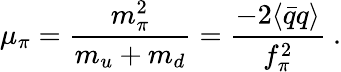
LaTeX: \mu_{\pi}=\frac{m_{\pi}^{2}}{m_{u}+m_{d}}=\frac{-2\langle\bar{q}q\rangle}{f_{\pi}^{2}}~.